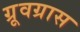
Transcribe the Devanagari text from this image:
ग्रूवग्रास